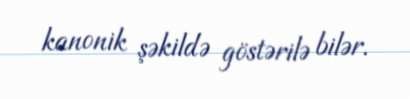
kanonik şəkildə göstərilə bilər.